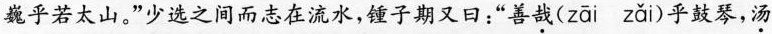
乎若太山。”少选之间而志在流水，锺子期又曰：”善哉( zai zai )乎鼓琴，汤